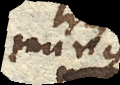
minus